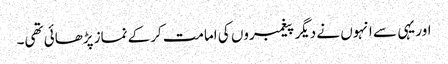
اور یہی سے انہوں نے دیگر پیغمبروں کی امامت کرکے نماز پڑھائی تھی۔